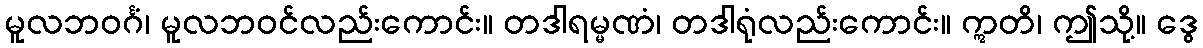
မူလဘဝင်္ဂံ၊ မူလဘဝင်လည်းကောင်း။ တဒါရမ္မဏံ၊ တဒါရုံလည်းကောင်း။ ဣတိ၊ ဤသို့။ ဒွေ